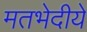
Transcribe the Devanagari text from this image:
मतभेदीये